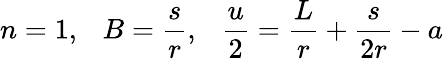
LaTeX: n=1,~~~B={\frac{s}{r}},~~~{\frac{u}{2}}={\frac{L}{r}}+{\frac{s}{2r}}-a